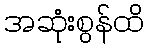
အဆုံးစွန်ထိ